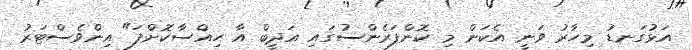
އަޅުގަނޑު މިހާރު ވަނީ އެކަން މި ކޮންފަރެންސުގައި އަދީބް އާ ހިއްސާކޮށްފަ" އިންވެސްޓަރު